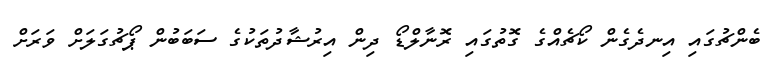
ބެންޗުގައި އިނދެގެން ކޯޗެއްގެ ގޮތުގައި ރޮނާލްޑޯ ދިން އިރުޝާދުތަކުގެ ސަބަބުން ޕޯޗުގަލަށް ވަރަށް